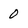
Character: 0